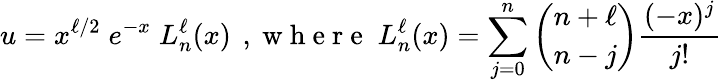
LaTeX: u=x^{{\ell}/{2}}\; e^{-x}\; L_{n}^{\ell}(x)\, \mathrm{~,~w~h~e~r~e~}\; L_{n}^{\ell}(x)=\sum_{j=0}^{n}\binom{n+\ell}{n-j}\frac{(-x)^{j}}{j!}